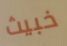
خبيث